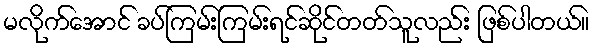
မလိုက်အောင် ခပ်ကြမ်းကြမ်းရင်ဆိုင်တတ်သူလည်း ဖြစ်ပါတယ်။